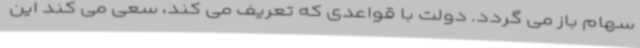
سهام باز می گردد. دولت با قواعدی که تعریف می کند، سعی می کند این